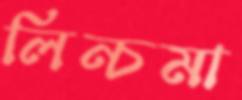
লিন্চমা